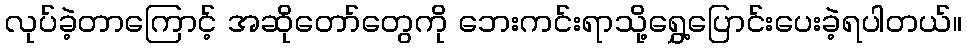
လုပ်ခဲ့တာကြောင့် အဆိုတော်တွေကို ဘေးကင်းရာသို့ရွှေ့ပြောင်းပေးခဲ့ရပါတယ်။